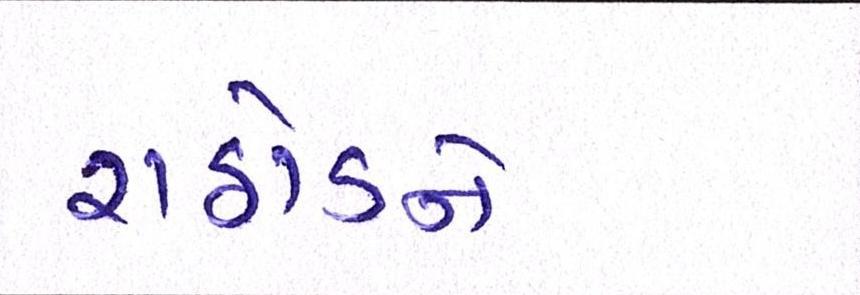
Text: રાઠોડને